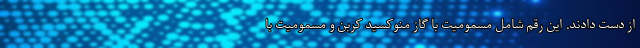
از دست دادند. این رقم شامل مسمومیت با گاز منوکسید کربن و مسمومیت با